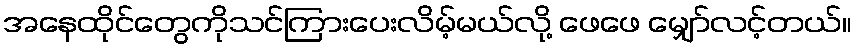
အနေထိုင်တွေကိုသင်ကြားပေးလိမ့်မယ်လို့ ဖေဖေ မျှော်လင့်တယ်။